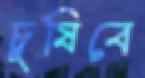
চুষিবে